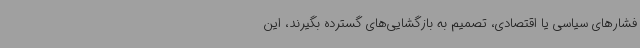
فشارهای سیاسی یا اقتصادی، تصمیم به بازگشایی‌های گسترده بگیرند، این